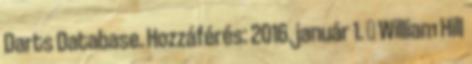
Darts Database. Hozzáférés: 2016. január 1. ↑ William Hill